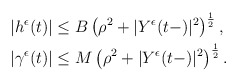
\begin{align*}\begin{aligned}&|h^{\epsilon}(t)|\leq B\left(\rho^{2}+|Y^{\epsilon}(t-)|^{2}\right)^{\frac{1}{2}},\\&|\gamma^{\epsilon}(t)|\leq M\left(\rho^{2}+|Y^{\epsilon}(t-)|^{2}\right)^{\frac{1}{2}}.\end{aligned}\end{align*}